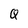
Character: Q